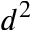
d ^ { 2 }